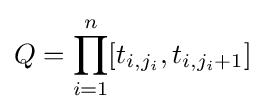
Q=\prod _{i=1}^{n}[t_{i,j_{i}},t_{i,j_{i}+1}]